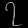
Digit: ၇